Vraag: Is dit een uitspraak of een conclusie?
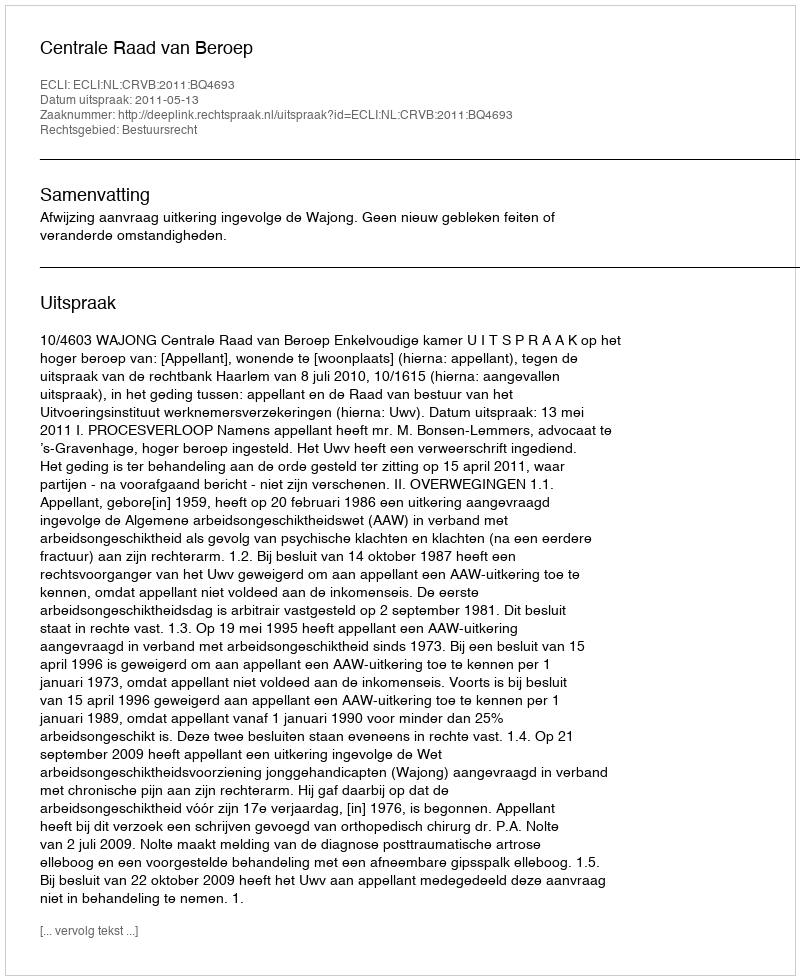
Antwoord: Uitspraak